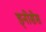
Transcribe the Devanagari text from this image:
ड्नोसेस